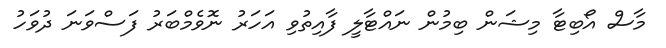
މާސް އޯބިޓާ މިޝަން ބިމުން ނައްޓާލީ ފާއިތުވި އަހަރު ނޮވެމްބަރު ފަސްވަނަ ދުވަހު